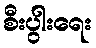
စီးပွါးရေး